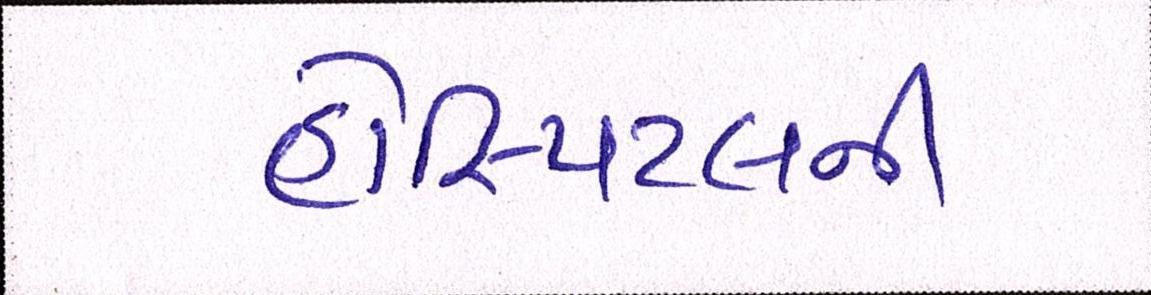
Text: હોસ્પિટલની